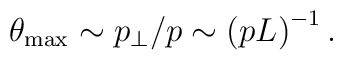
\theta _{\max }\sim p_{\perp }/p\sim \left( pL\right) ^{-1}.